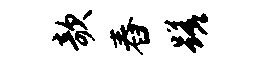
欹舂蹉